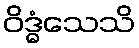
ဝိဒ္ဓံသေသိ